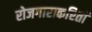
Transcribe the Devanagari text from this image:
रोजगाराकरितां